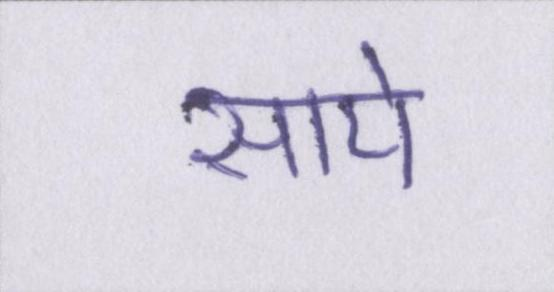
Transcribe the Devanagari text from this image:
साये